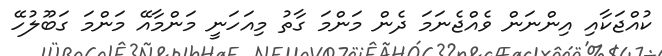
ކުއްޖަކާއި އިންނަން ވެއްޖެނަމަ ދެން މަންމަ ގާތު މިއަހަނީ މަންމާއޭ މަންމަ ގަބޫލުހޭ